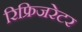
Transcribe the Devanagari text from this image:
रिफ्रिजरेटर